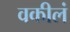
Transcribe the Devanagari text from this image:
वकीलं